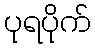
ပုရပိုက်